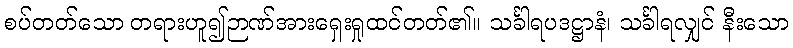
စပ်တတ်သော တရားဟူ၍ဉာဏ်အားရှေးရှုထင်တတ်၏။ သင်္ခါရပဒဋ္ဌာနံ၊ သင်္ခါရလျှင် နီးသော